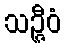
သဉ္ဇီဝံ